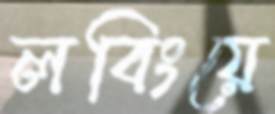
লবিংয়ে